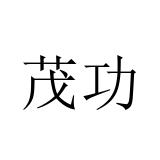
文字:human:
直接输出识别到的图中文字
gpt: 茂功